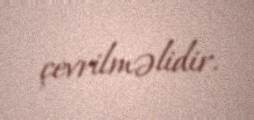
çevrilməlidir.